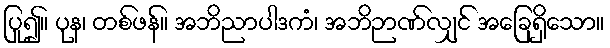
ပြု၍။ ပုန၊ တစ်ဖန်။ အဘိညာပါဒကံ၊ အဘိဉာဏ်လျှင် အခြေရှိသော။